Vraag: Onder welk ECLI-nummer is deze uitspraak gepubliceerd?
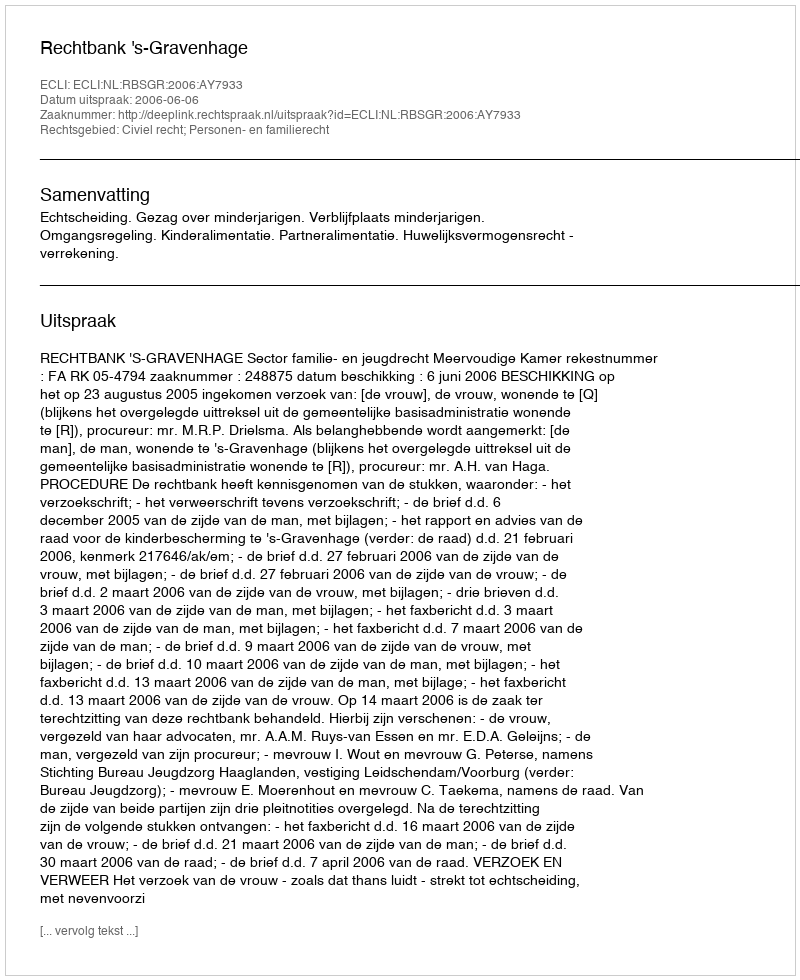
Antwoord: ECLI:NL:RBSGR:2006:AY7933